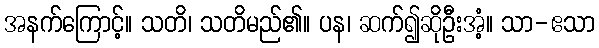
အနက်ကြောင့်။ သတိ၊ သတိမည်၏။ ပန၊ ဆက်၍ဆိုဦးအံ့။ သာ-ဧသာ